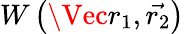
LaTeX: W\left(\Vec{{r}_{1}},\vec{{r}_{2}}\right)